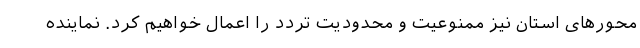
محورهای استان نیز ممنوعیت و محدودیت تردد را اعمال خواهیم کرد. نماینده